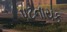
પટનાયક